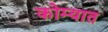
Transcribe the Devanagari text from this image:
कोम्यात